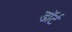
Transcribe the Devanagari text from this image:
डॉर्ट